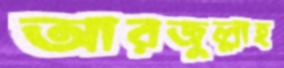
আরজুল্লাহ